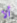
ألا